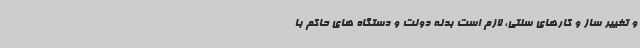
و تغییر ساز و کارهای سنتی، لازم است بدنه دولت و دستگاه های حاکم با